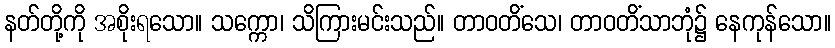
နတ်တို့ကို အစိုးရသော။ သက္ကော၊ သိကြားမင်းသည်။ တာဝတိံသေ၊ တာဝတိံသာဘုံ၌ နေကုန်သော။